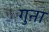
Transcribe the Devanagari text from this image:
गुऩा